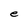
Character: e